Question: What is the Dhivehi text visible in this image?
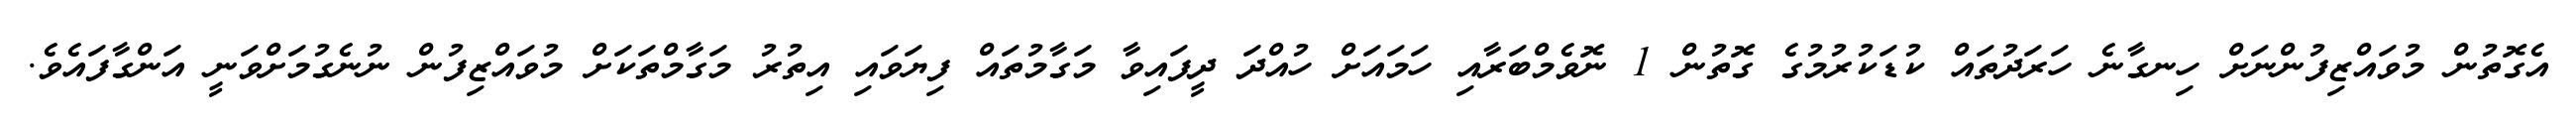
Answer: އެގޮތުން މުވައްޒިފުންނަށް ހިނގާނެ ހަރަދުތައް ކުޑަކުރުމުގެ ގޮތުން 1 ނޮވެމްބަރާއި ހަމައަށް ހުއްދަ ދީފައިވާ މަގާމުތައް ފިޔަވައި އިތުރު މަގާމްތަކަށް މުވައްޒިފުން ނުނެގުމަށްވަނީ އަންގާފައެވެ.